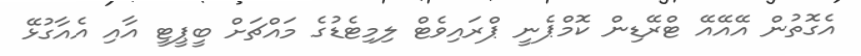
އެގޮތުން އޭއޭއޭ ޓްރޭޑިން ކޮމްޕެނީ ޕްރައިވެޓް ލިމިޓެޑުގެ މައްޗަށް ބީޕީޓީ އާއި އެއާގުޅޭ